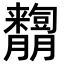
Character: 𦣓